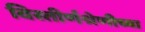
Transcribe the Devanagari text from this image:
विस्तीर्णश्रेणीच्या